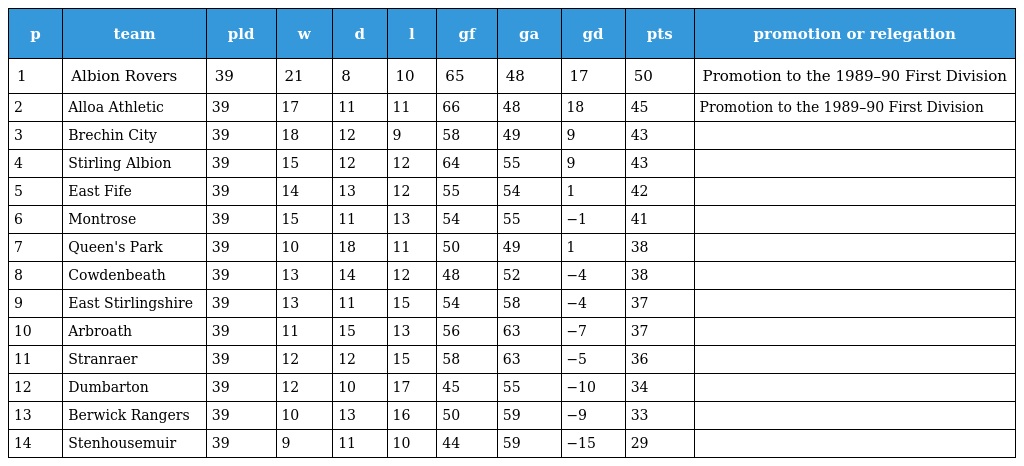
| p | team | pld | w | d | l | gf | ga | gd | pts | promotion or relegation |
 | --- | --- | --- | --- | --- | --- | --- | --- | --- | --- | --- |
 | 1 | Albion Rovers | 39 | 21 | 8 | 10 | 65 | 48 | 17 | 50 | Promotion to the 1989–90 First Division |
 | 2 | Alloa Athletic | 39 | 17 | 11 | 11 | 66 | 48 | 18 | 45 | Promotion to the 1989–90 First Division |
 | 3 | Brechin City | 39 | 18 | 12 | 9 | 58 | 49 | 9 | 43 |  |
 | 4 | Stirling Albion | 39 | 15 | 12 | 12 | 64 | 55 | 9 | 43 |  |
 | 5 | East Fife | 39 | 14 | 13 | 12 | 55 | 54 | 1 | 42 |  |
 | 6 | Montrose | 39 | 15 | 11 | 13 | 54 | 55 | −1 | 41 |  |
 | 7 | Queen's Park | 39 | 10 | 18 | 11 | 50 | 49 | 1 | 38 |  |
 | 8 | Cowdenbeath | 39 | 13 | 14 | 12 | 48 | 52 | −4 | 38 |  |
 | 9 | East Stirlingshire | 39 | 13 | 11 | 15 | 54 | 58 | −4 | 37 |  |
 | 10 | Arbroath | 39 | 11 | 15 | 13 | 56 | 63 | −7 | 37 |  |
 | 11 | Stranraer | 39 | 12 | 12 | 15 | 58 | 63 | −5 | 36 |  |
 | 12 | Dumbarton | 39 | 12 | 10 | 17 | 45 | 55 | −10 | 34 |  |
 | 13 | Berwick Rangers | 39 | 10 | 13 | 16 | 50 | 59 | −9 | 33 |  |
 | 14 | Stenhousemuir | 39 | 9 | 11 | 10 | 44 | 59 | −15 | 29 |  |